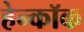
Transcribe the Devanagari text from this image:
हेन्कॉक